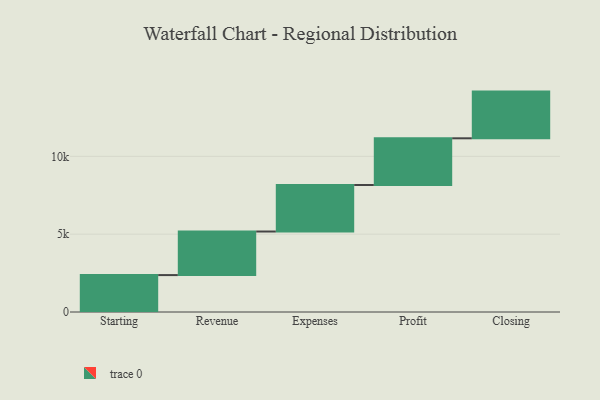
{"axis": {"x": "Step", "y": "Value"}, "legend": [""], "data": [{"x": "Starting", "y": 2371.0, "type": ""}, {"x": "Revenue", "y": 2799.0, "type": ""}, {"x": "Expenses", "y": 2989.0, "type": ""}, {"x": "Profit", "y": 3000, "type": ""}, {"x": "Closing", "y": 3000, "type": ""}]}